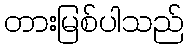
တားမြစ်ပါသည်